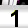
Digit: 1